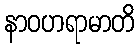
နာဝဟရာမာတိ